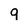
Character: 9